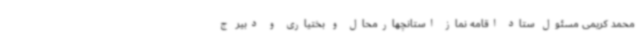
محمد کریمی مسئول ستاد اقامه نماز استانچهارمحال و بختیاری و دبیر ج